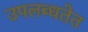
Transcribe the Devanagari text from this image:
उपलब्धतेत